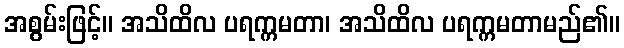
အစွမ်းဖြင့်။ အသိထိလ ပရက္ကမတာ၊ အသိထိလ ပရက္ကမတာမည်၏။